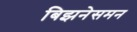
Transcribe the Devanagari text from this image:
बिझनेसमन